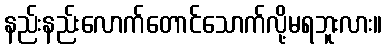
နည်းနည်းလောက်တောင်သောက်လို့မရဘူးလား။